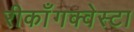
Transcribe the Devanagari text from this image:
रीकाँगक्वेस्टा